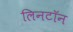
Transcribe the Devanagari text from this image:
लिनटॉन